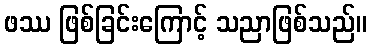
ဖဿ ဖြစ်ခြင်းကြောင့် သညာဖြစ်သည်။